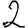
Digit: 2